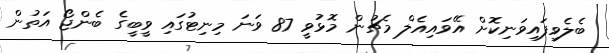
ބެލެވިފައިވަނިކޮށް އޭވައިއެލް މެޗުން މޮޅުވީ 87 ވަނަ މިނިޓުގައި ވީބީގެ ބެންޖޯ އަތުން